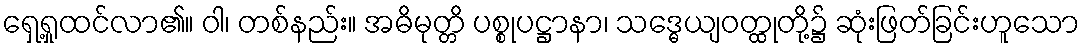
ရှေ့ရှုထင်လာ၏။ ဝါ၊ တစ်နည်း။ အဓိမုတ္တိ ပစ္စုပဋ္ဌာနာ၊ သဒ္ဓေယျဝတ္ထုတို့၌ ဆုံးဖြတ်ခြင်းဟူသော